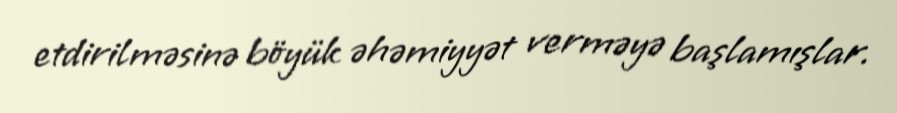
etdirilməsinə böyük əhəmiyyət verməyə başlamışlar.